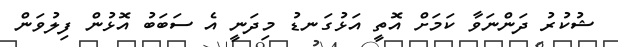
ޝުކުރު ދަންނަވާ ކަމަށް އޮތީ އަޅުގަނޑު މިދަނީ އެ ސަބަބު އޮޅުން ފިލުވަން